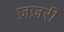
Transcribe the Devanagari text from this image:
ज़ज़री